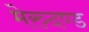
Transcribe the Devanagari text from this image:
मेरुदण्‍ड